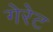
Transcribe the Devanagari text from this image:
गेरेट